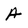
Character: A